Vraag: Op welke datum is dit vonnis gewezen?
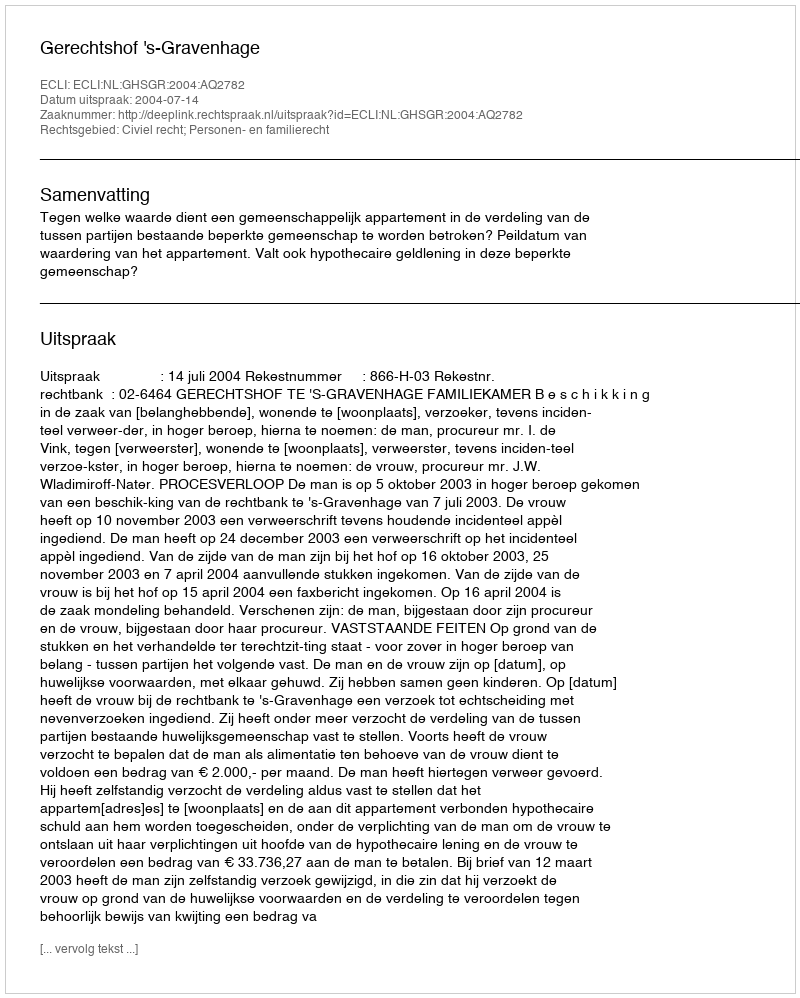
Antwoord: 2004-07-14